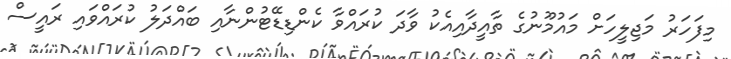
މިފަހަރު މަޖިލީހަށް މައުމޫނުގެ ތާއީދާއިއެކު ވާދަ ކުރައްވާ ކެންޑިޑޭޓުންނާއި ބައްދަލު ކުރައްވައި ރައީސް